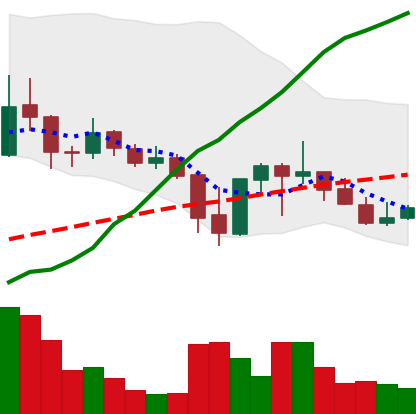
Ticker: ADA-USD
Chart end date: 2021-09-30
Forward return: 5.612%
Label: up_5_7